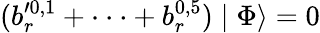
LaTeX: (b_{r}^{\prime 0,1}+\cdot\cdot\cdot+b_{r}^{0,5})\mid\Phi\rangle=0